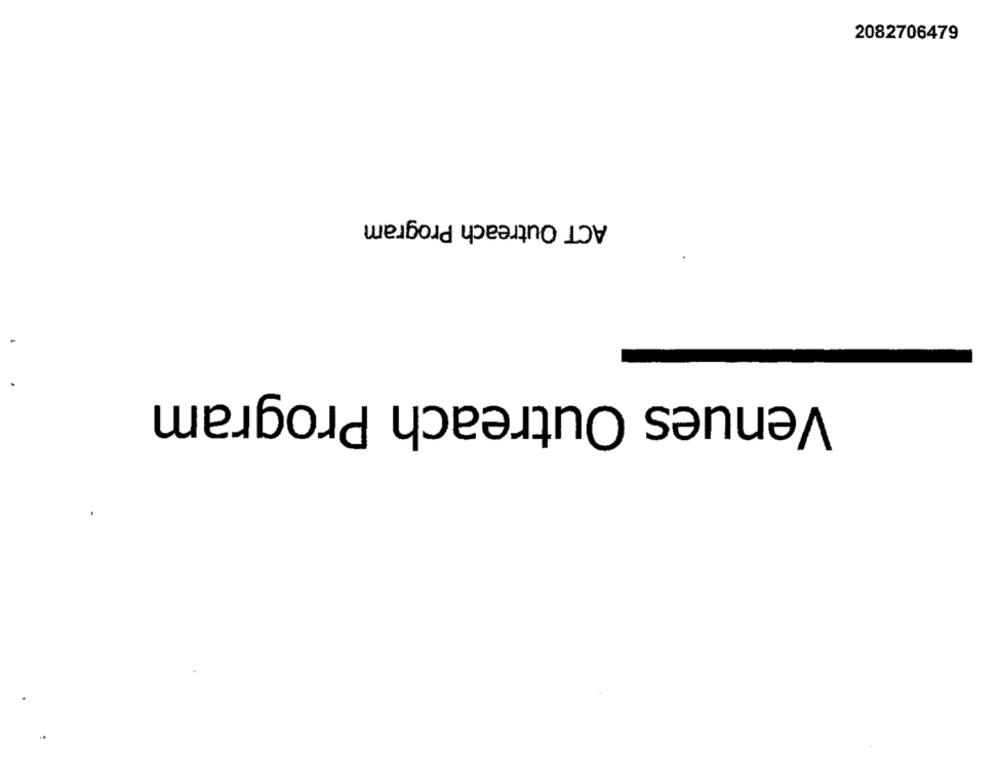
2082706479
ACT Outreach Program
Venues Outreach Program